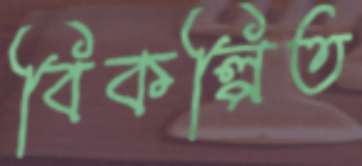
বিকল্পিত